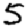
Digit: 5